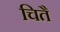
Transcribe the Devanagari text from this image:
चितै